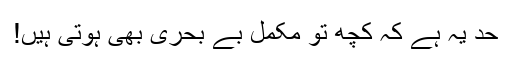
حد یہ ہے کہ کچھ تو مکمل بے بحری بھی ہوتی ہیں!